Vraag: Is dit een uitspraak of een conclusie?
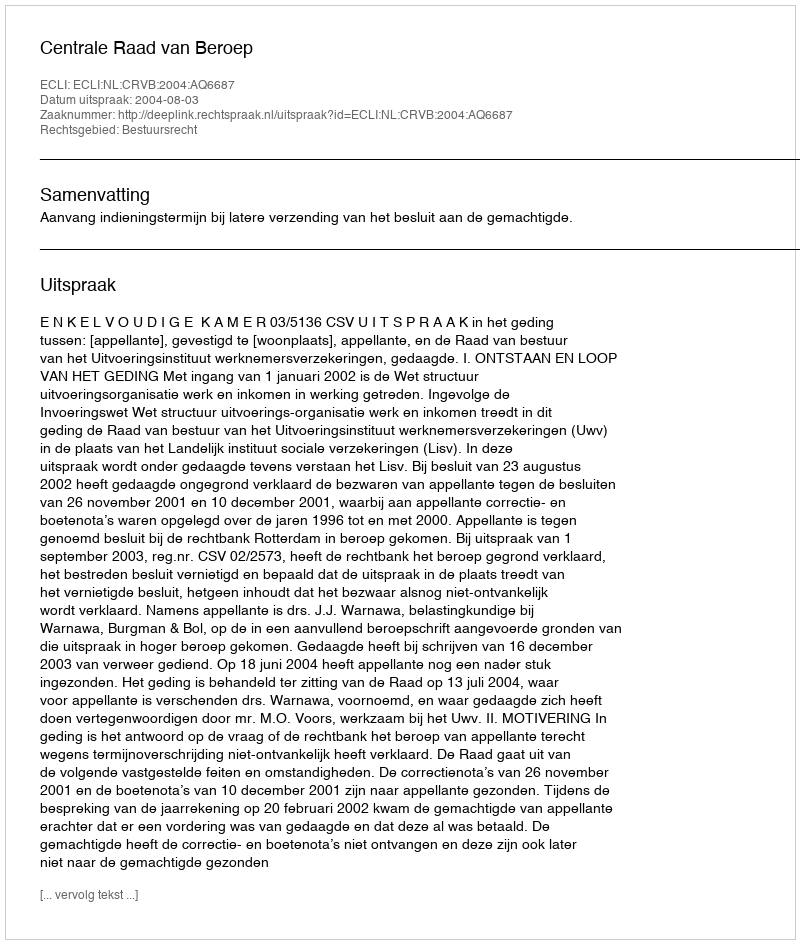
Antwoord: Uitspraak